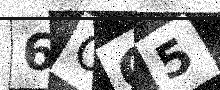
Text: 6OO5